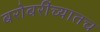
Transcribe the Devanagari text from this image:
बरोबरींच्यातच